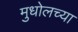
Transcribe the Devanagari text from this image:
मुधोलच्या